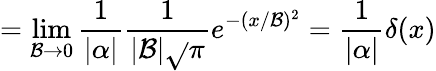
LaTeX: =\operatorname*{lim}_{\mathcal{B}\to0}{\frac{{1}}{{|\alpha|}}}{\frac{{1}}{{|\mathcal{B}|{\sqrt{}{{\pi}}}}}}e^{-(x/\mathcal{B})^{2}}={\frac{{1}}{{|\alpha|}}}\delta(x)